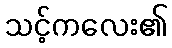
သင့်ကလေး၏